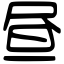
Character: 昼